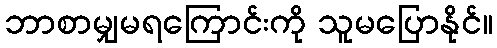
ဘာစာမျှမရကြောင်းကို သူမပြောနိုင်။